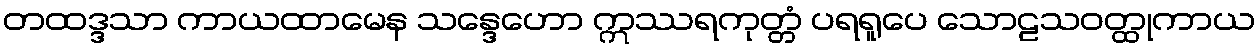
တထဒ္ဒသာ ကာယထာမေန သန္ဒေဟော ဣဿရကုတ္တံ ပရရူပေ သောဠသဝတ္ထုကာယ